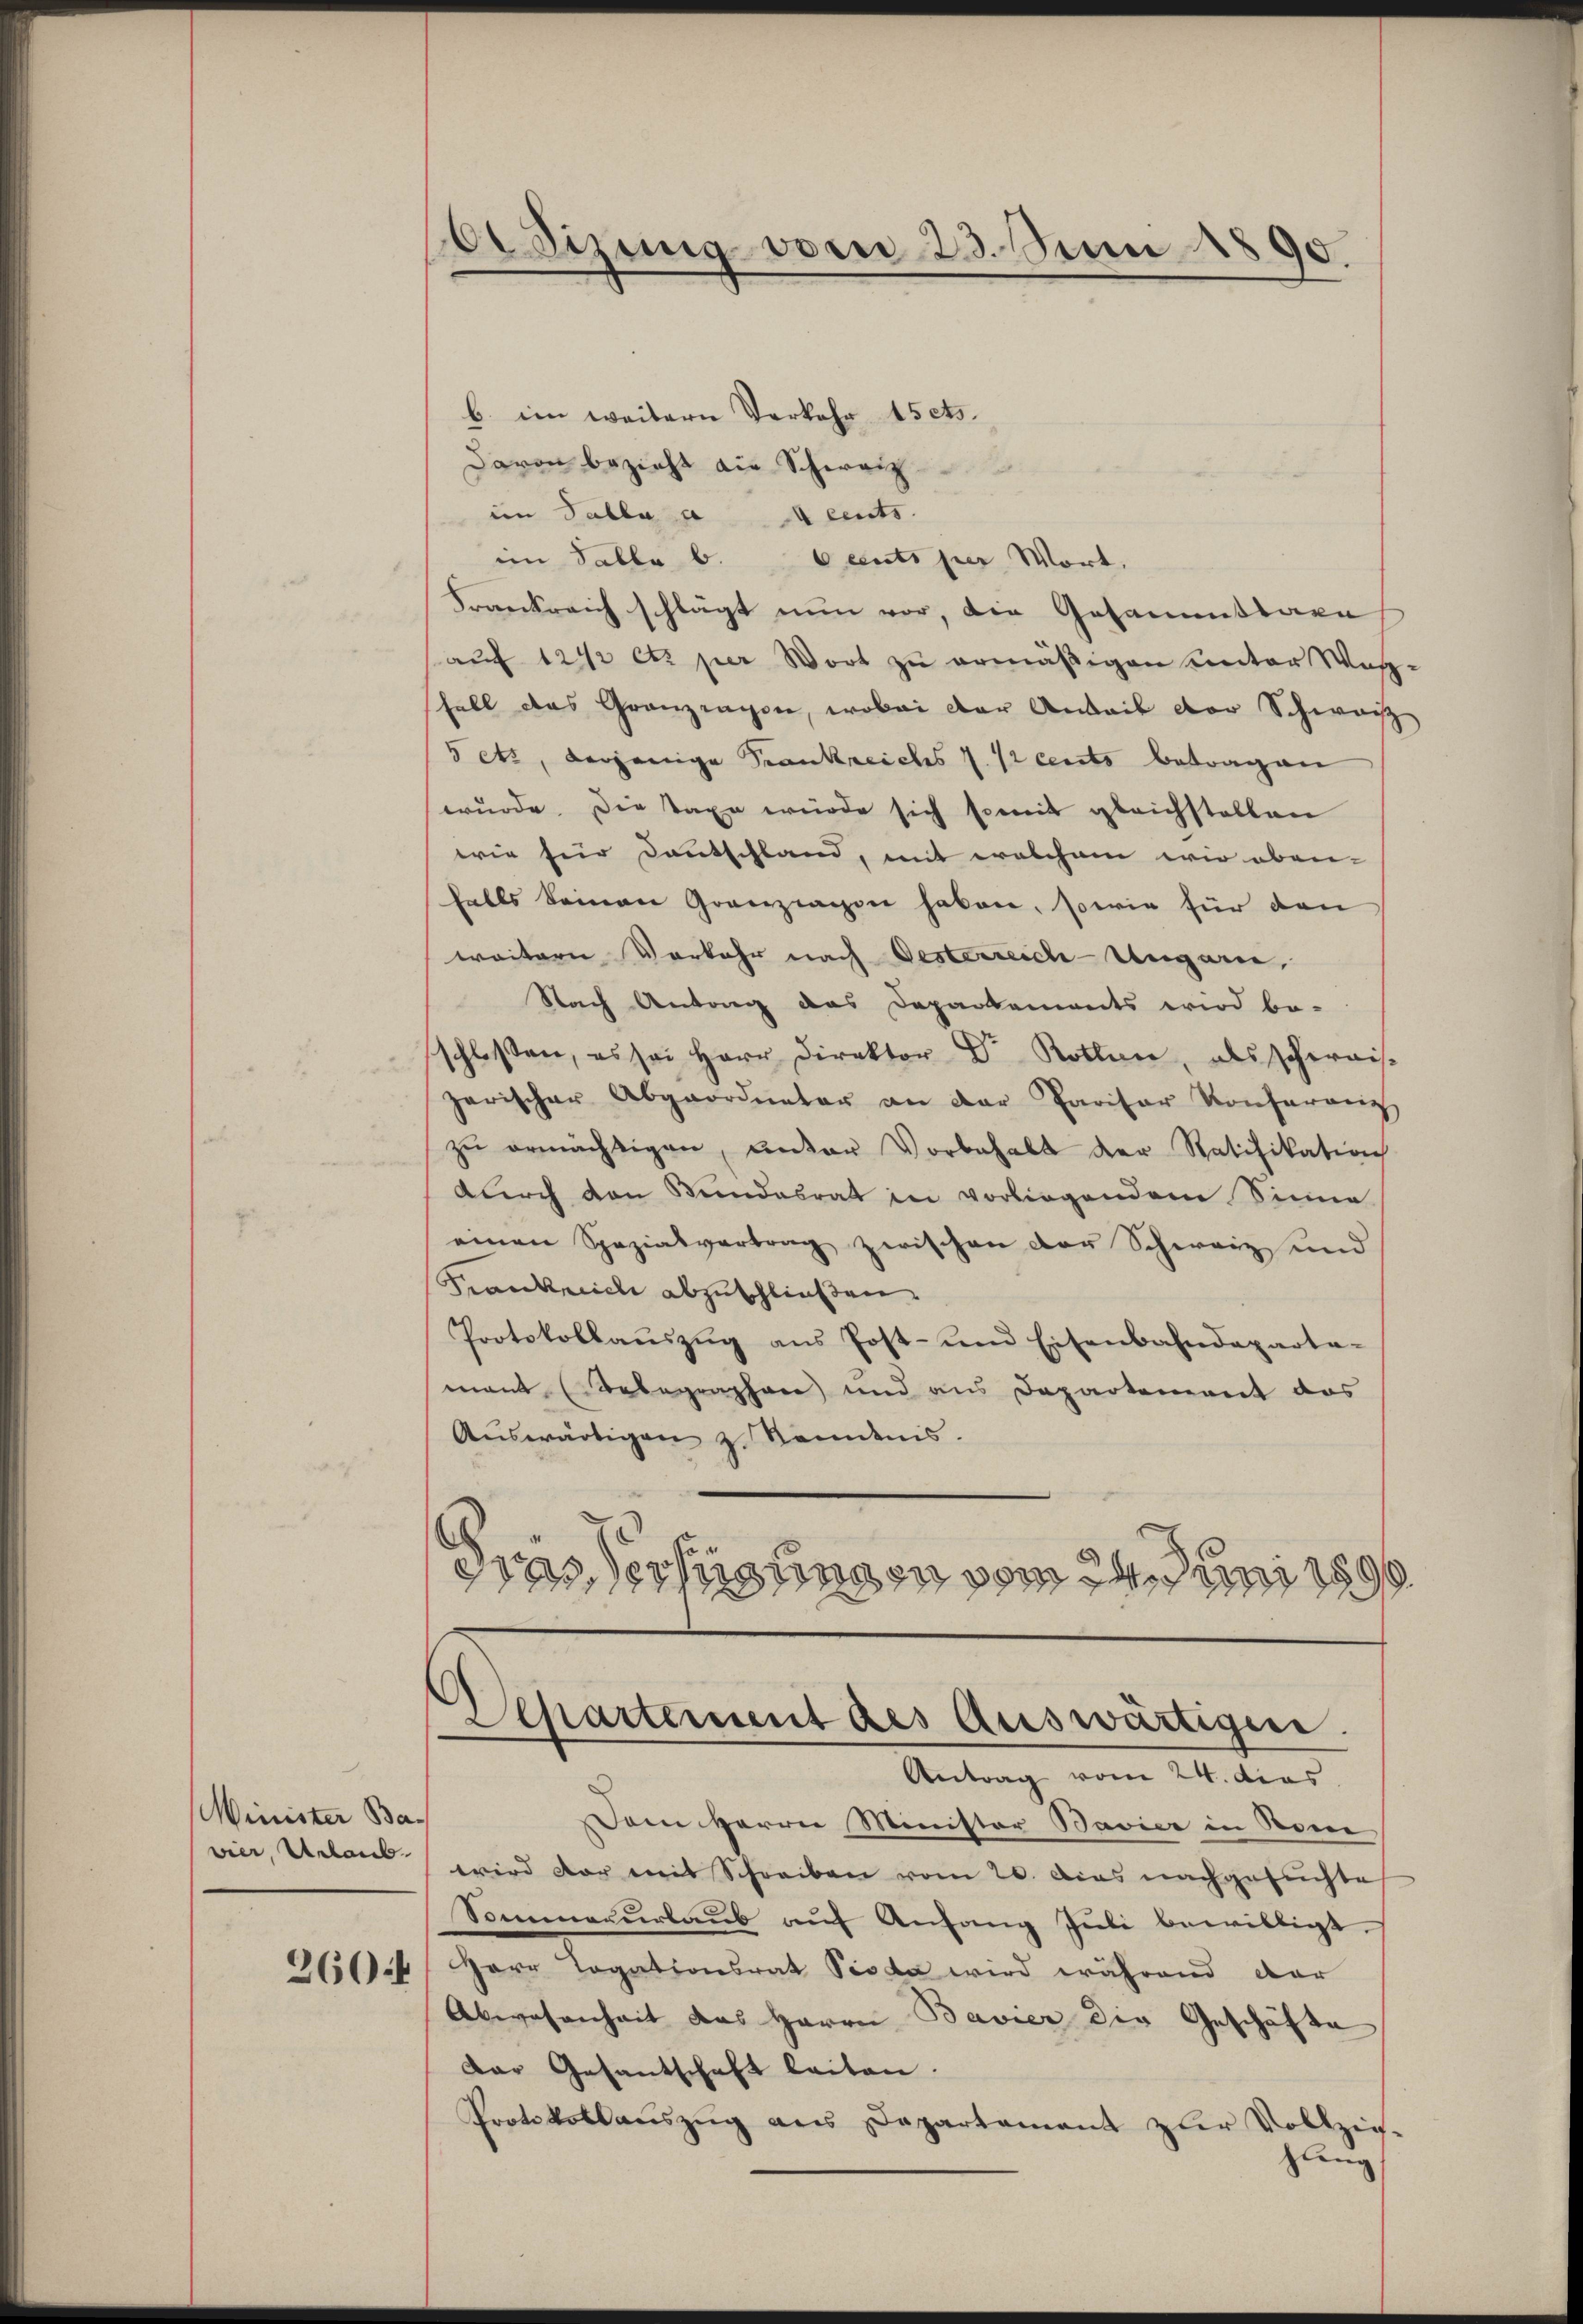
Minister Bavier, Urlaub

260 f

Odizung vom 23. Juni 1890.

b. im weitere Verkehr 15 cts.
davon bezieht die Schweiz
im Tabla a cents
im Table b. beents per Wort,
Frankreich schlägt nun vor, die Gesammttaxe
aŭf 1242 et per Wort zŭ ermäßigen unter Wasfall das Granzragen, wobei der Anteil der Schwarz
5 ets, derjenige Frankreichs 1. A cents betragen
wurde. Die Taxe würde sich somit gleichstellen
wie für Deutschland, mit welchem wir oben-
falls keinen Grenzingen haben, sowie für den
weitern Vorkehr nach Oesterreich-Ungarn,
Nach Antrag das Departements wird be-
schloßen, es sei Herr Direktor Dr. Roten, als schweis
zerischer Abgeordneter an der Parisar Konferenz
zŭ ermächtigen, unter Vorbehalt der Ratifikation
durch den Bundesrat in vorliegendem Sinne
einen Spezialvertrag zwischen der Schweiz und
Frankreich abzuschließen.
Protokollaŭszŭg ans Post- und Eisenbahndeparta-
mant Telegraphen und aus Departement das
Aŭswärtigen z. Ständnis.
etas erfügungen vom 24. Juni 1896
.

Departement des Auswärtigen.

Antrag vom 24. dies
Dem Herrn Minister Bavier in Rein
wird vor mit Schreiben vom 20. Das nachgesuchte
Sommenŭrlaŭb aŭf Anfang Jŭli bewilligt.
Herr Togationsrat Pioda wird während dar
Abwesenheit das Harre Bavier die Geschäfte
Dar Gesantschaft leiten.
Protokollaŭszŭg ans Departament zur Vollzie-
gling